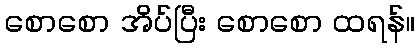
စောစော အိပ်ပြီး စောစော ထရန်။